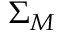
\Sigma _ { M }